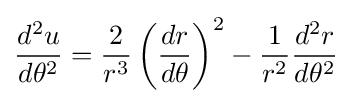
{\frac {d^{2}u}{d\theta ^{2}}}={\frac {2}{r^{3}}}\left({\frac {dr}{d\theta }}\right)^{2}-{\frac {1}{r^{2}}}{\frac {d^{2}r}{d\theta ^{2}}}